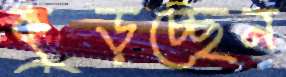
কুড়চ্ছেন